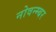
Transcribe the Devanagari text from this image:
नोवन्म्बर